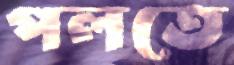
পলতে